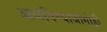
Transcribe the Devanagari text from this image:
आळविण्याजोगीही